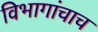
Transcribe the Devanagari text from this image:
विभागांचाच